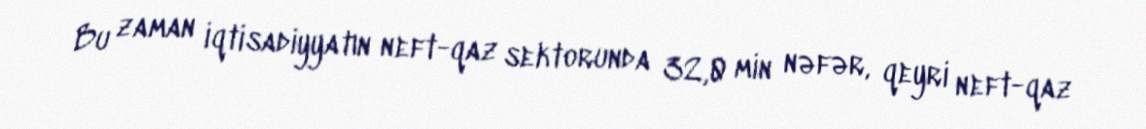
Bu zaman iqtisadiyyatın neft-qaz sektorunda 32,0 min nəfər, qeyri neft-qaz